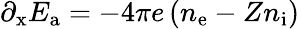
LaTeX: {\partial_{\mathrm{x}}}E_{\mathrm{a}}=-4\pi e\left(n_{\mathrm{e}}-Zn_{\mathrm{i}}\right)